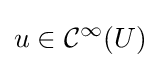
u\in {\mathcal {C}}^{\infty }(U)